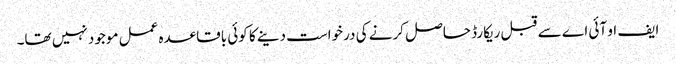
ایف او آئی اے سے قبل ریکارڈ حاصل کرنے کی درخواست دینے کا کوئی باقاعدہ عمل موجود نہیں تھا۔